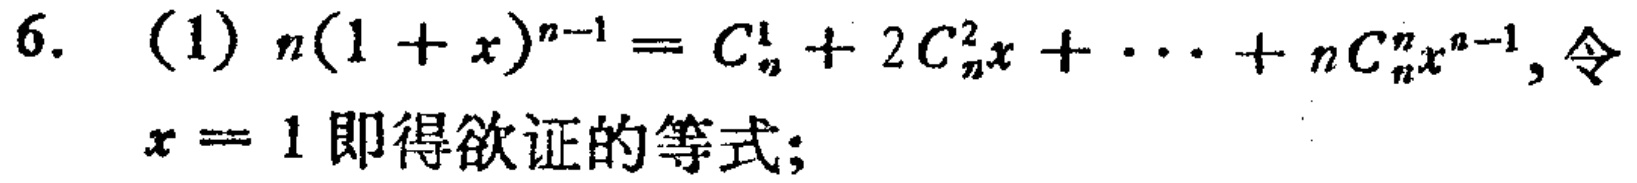
6. (1) \(n(1 + x)^{n - 1}=C_{n}^{1}+2C_{n}^{2}x+\cdots +nC_{n}^{n}x^{n - 1}\), 令
\(x = 1\) 即得欲证的等式;